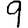
Digit: 9